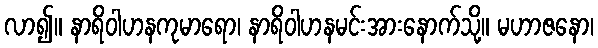
လာ၍။ နာရိဝါဟနကုမာရော၊ နာရိဝါဟနမင်းအားနောက်သို့။ မဟာဇနော၊